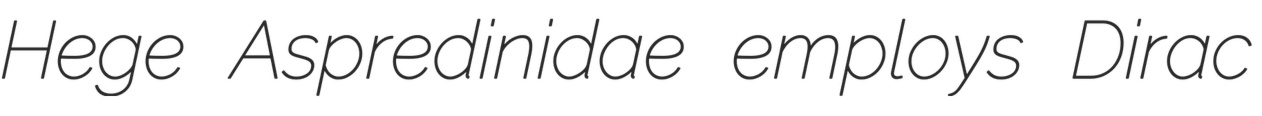
Hege Aspredinidae employs Dirac